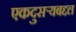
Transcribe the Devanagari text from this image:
एकदुसर्‍यबद्दल